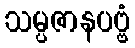
သမ္ပဇာနပဗ္ဗံ